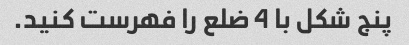
پنج شکل با 4 ضلع را فهرست کنید.